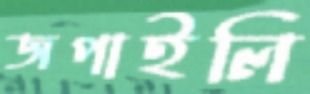
জপাইলি